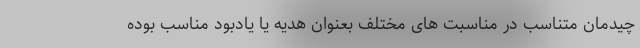
چیدمان متناسب در مناسبت های مختلف بعنوان هدیه یا یادبود مناسب بوده